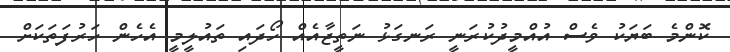
ކޮންމެ ބަޔަކު ވެސް އުއްމީދުކުރަނީ ރަނގަޅު ނަތީޖާއެއް ހޯދައި ތައުލީމީ އެހެން ހަރުފަތަކަށް